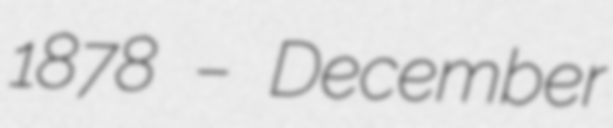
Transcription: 1878 – December